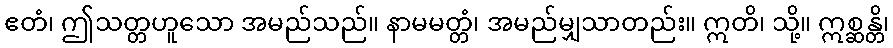
ဧတံ၊ ဤသတ္တဟူသော အမည်သည်။ နာမမတ္တံ၊ အမည်မျှသာတည်း။ ဣတိ၊ သို့။ ဣစ္ဆန္တိ၊